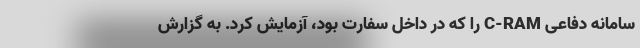
سامانه دفاعی C-RAM را که در داخل سفارت بود، آزمایش کرد. به گزارش